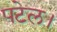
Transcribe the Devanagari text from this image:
पटेल।